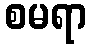
စမရာ